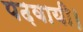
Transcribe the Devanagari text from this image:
पढ़वायी।